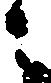
々